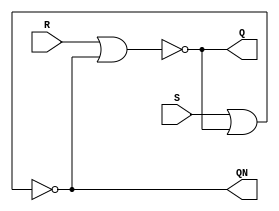
module SR_Latch(
     Q, QN, R, S
);

input R, S;

output Q, QN;

nor nor1(Q, R, QN);
nor nor2(QN, S, Q);

endmodule